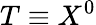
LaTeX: T\equiv X^{0}